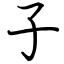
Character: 子